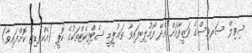
ސިވިލް ސަރވިސްގެ ވަޒީފާއަށް އެދޭ ފޯމުލިބިފައިވާ ތަޢުލީމީ ސެޓްފިކެޓްތަކުގެ ކޮޕީ (އެކްރެޑިޓް ކޮށްފައިވާ)